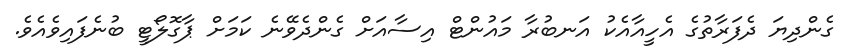
ގެންދިޔަ ދެފަރާތުގެ އެހީއާއެކު އަނބުރާ މައުންޓް އިސާއަށް ގެންދެވޭނެ ކަމަށް ޕާގޮލޯޓީ ބުނެފައިވެއެވެ.